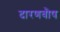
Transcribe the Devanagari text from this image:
दारणवौष